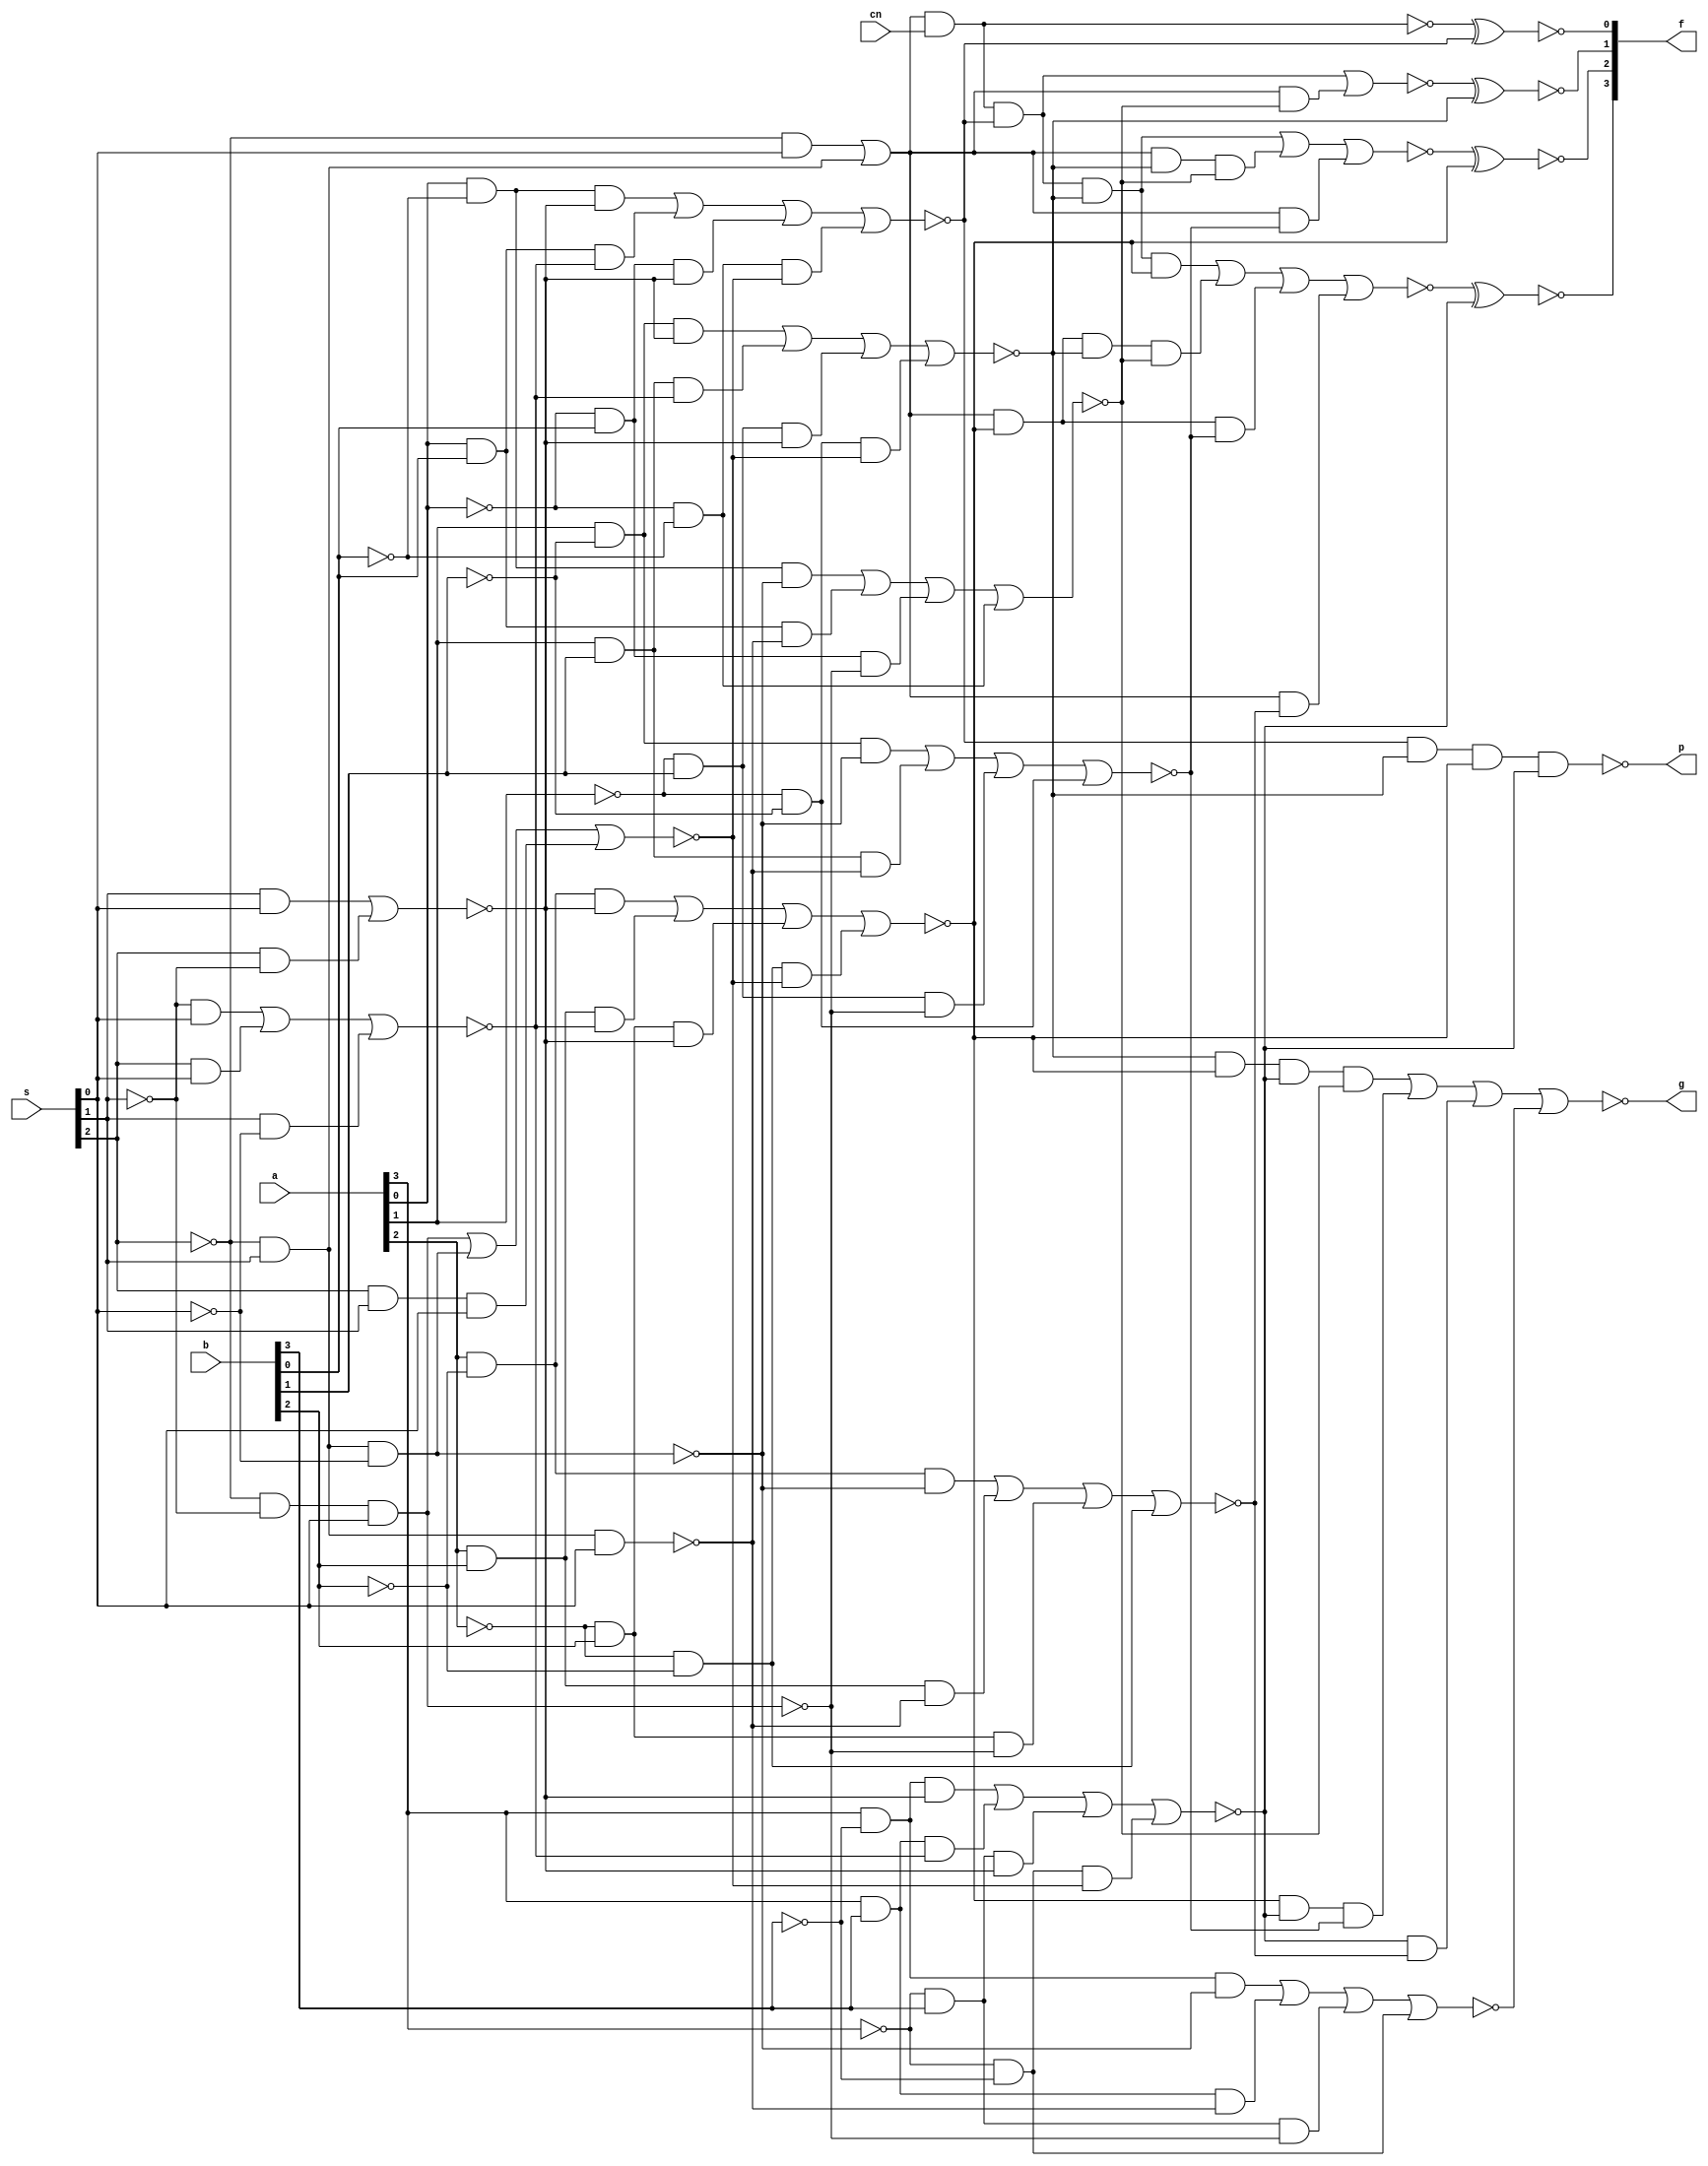
module sn74ls381(f, p, g, a, b, cn, s);
input [3:0] a, b;
input cn;
input [2:0] s;
output [3:0] f;
output p, g;
wire [3:0] fi;
wire pi, gi;

parameter
	// TI TTL data book Vol 1, 1985
	tPLH_min=0, tPLH_typ=20, tPLH_max=27, // A,B to F
	tPHL_min=0, tPHL_typ=14, tPHL_max=21,
	tPLHG_min=0, tPLHG_typ=20, tPLHG_max=30, // A,B to G
	tPHLG_min=0, tPHLG_typ=21, tPHLG_max=33,
	tPLHP_min=0, tPLHP_typ=23, tPLHP_max=33, // A,B to P
	tPHLP_min=0, tPHLP_typ=15, tPHLP_max=23;

buf(s0, s[0]);
buf(s1, s[1]);
buf(s2, s[2]);
not(s0_, s[0]);
not(s1_, s[1]);
not(s2_, s[2]);

and(a11, s2_, s1_, s0); 	
and(a12, s2_, s1, s0_);		
and(a13, s2, s1, s0);		
nor(n1, a11, a12, a13);		

and(a21, s1_, s0);			
and(a22, s2, s0);			
and(a23, s1, s0_);			
nor(n2, a21, a22, a23);

and(a31, s1, s0);
and(a32, s2, s1_);
nor(n3, a31, a32);

nand(n4, s2_, s1_, s0); 
nand(n5, s2_, s1, s0);
nand(n6, s2_, s1, s0_); 

and(a71, s2_, s0);
and(a72, s2_, s1);
or(o7, a71, a72);

buf(a0, a[0]);
buf(a1, a[1]);
buf(a2, a[2]);
buf(a3, a[3]);
buf(b0, b[0]);
buf(b1, b[1]);
buf(b2, b[2]);
buf(b3, b[3]);
not(a0_, a[0]);
not(a1_, a[1]);
not(a2_, a[2]);
not(a3_, a[3]);
not(b0_, b[0]);
not(b1_, b[1]);
not(b2_, b[2]);
not(b3_, b[3]);

and(aabn0, a0, b0_, n3);
and(aab0, a0, b0, n2);
and(aanb0, a0_, b0, n3);
and(aanbn0, a0_, b0_, n1);
nor(na0, aabn0, aab0, aanb0, aanbn0);

and(babn0,  a0, b0_, n6);
and(bab0, a0, b0, n5);
and(banb0, a0_, b0, n4);
and(banbn0, a0_, b0_);
nor(nb0, babn0, bab0, banb0, banbn0);

and(aabn1, a1, b1_, n3);
and(aab1, a1, b1, n2);
and(aanb1, a1_, b1, n3);
and(aanbn1, a1_, b1_, n1);
nor(na1, aabn1, aab1, aanb1, aanbn1);

and(babn1, a1, b1_, n6);
and(bab1, a1, b1, n5);
and(banb1, a1_, b1, n4);
and(banbn1, a1_, b1_);
nor(nb1, babn1, bab1, banb1, banbn1);

and(aabn2, a2, b2_, n3);
and(aab2, a2, b2, n2);
and(aanb2, a2_, b2, n3);
and(aanbn2, a2_, b2_, n1);
nor(na2, aabn2, aab2, aanb2, aanbn2);

and(babn2, a2, b2_, n6);
and(bab2, a2, b2, n5);
and(banb2, a2_, b2, n4);
and(banbn2, a2_, b2_);
nor(nb2, babn2, bab2, banb2, banbn2);

and(aabn3,  a3, b3_, n3);
and(aab3, a3, b3, n2);
and(aanb3, a3_, b3, n3);
and(aanbn3, a3_, b3_, n1);
nor(na3, aabn3, aab3, aanb3, aanbn3);

and(babn3,  a3, b3_, n6);
and(bab3, a3, b3, n5);
and(banb3, a3_, b3, n4);
and(banbn3, a3_, b3_);
nor(nb3, babn3, bab3, banb3, banbn3);

nand(nf0, o7, cn);
xnor(fi[0], nf0, na0);

and(af11, o7, cn, na0);
and(af12, o7, nb0);
nor(nf1, af11, af12);
xnor(fi[1], nf1, na1);

and(af21, o7, cn, na0, na1);
and(af22, o7, na1, nb0);
and(af23, o7, nb1);
nor(nf2, af21, af22, af23);
xnor(fi[2], nf2, na2);

and(af31, o7, cn, na0, na1, na2);
and(af32, o7, na2, na1, nb0);
and(af33, o7, na2, nb1);
and(af34, o7, nb2);
nor(nf3, af31, af32, af33, af34);
xnor(fi[3], nf3, na3);

and(acn41, cn, na0, na1, na2, na3);
and(acn42, na1, na2, na3, nb0);
and(acn43, na2, na3, nb1);
and(acn44, na3, nb2);
and(acn45, nb3);
nor(ncn4, acn41, acn42, acn43, acn44, acn45);
// xor(ovri, nf3, ncn4);
// not(cn4i, ncn4);

nand(pi, na0, na1, na2, na3);

and(ng1, na1, na2, na3, nb0);
and(ng2, na2, na3, nb1);
and(ng3, na3, nb2);
and(ng4, nb3);
nor(gi, ng1, ng2, ng3, ng4);

assign #(tPLH_min:tPLH_typ:tPLH_max, tPHL_min:tPHL_typ:tPHL_max)
	f = fi;
assign #(tPLH_min:tPLH_typ:tPLH_max, tPHL_min:tPHL_typ:tPHL_max)
	g = gi;
assign #(tPLH_min:tPLH_typ:tPLH_max, tPHL_min:tPHL_typ:tPHL_max)
	p = pi;
endmodule